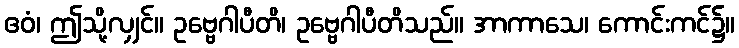
ဧဝံ၊ ဤသို့လျှင်။ ဥဗ္ဗေဂါပီတိ၊ ဥဗ္ဗေဂါပီတိသည်။ အာကာသေ၊ ကောင်းကင်၌။